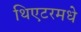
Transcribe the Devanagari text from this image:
थिएटरमधे